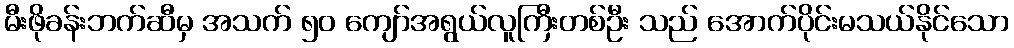
မီးဖိုခန်းဘက်ဆီမှ အသက် ၅၀ ကျော်အရွယ်လူကြီးတစ်ဦး သည် အောက်ပိုင်းမသယ်နိုင်သော